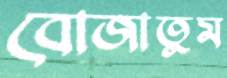
বোজাতুম